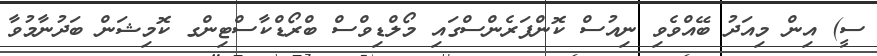
ސީ) އިން މިއަދު ބޭއްވެވި ނިއުސް ކޮންފަރެންސްގައި މޯލްޑިވްސް ބްރޯޑްކާސްޓިންގ ކޮމިޝަން ބަދުނާމުވާ